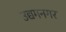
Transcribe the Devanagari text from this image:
उद्यमनगर